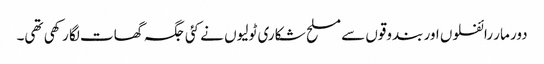
دور مار رائفلوں اور بندوقوں سے مسلح شکاری ٹولیوں نے کئی جگہ گھات لگا رکھی تھی۔